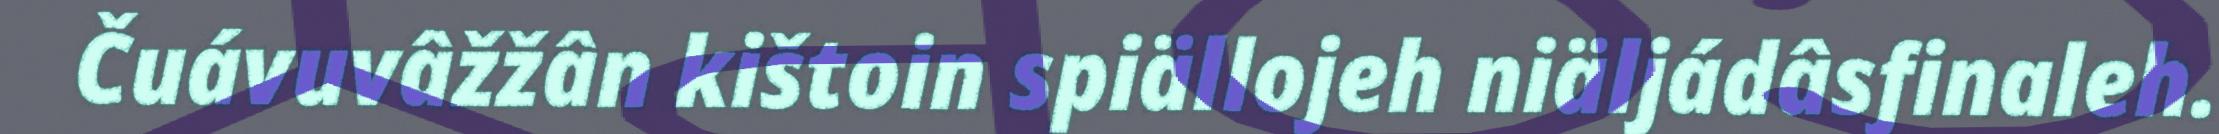
Čuávuvâžžân kištoin spiällojeh niäljádâsfinaleh.